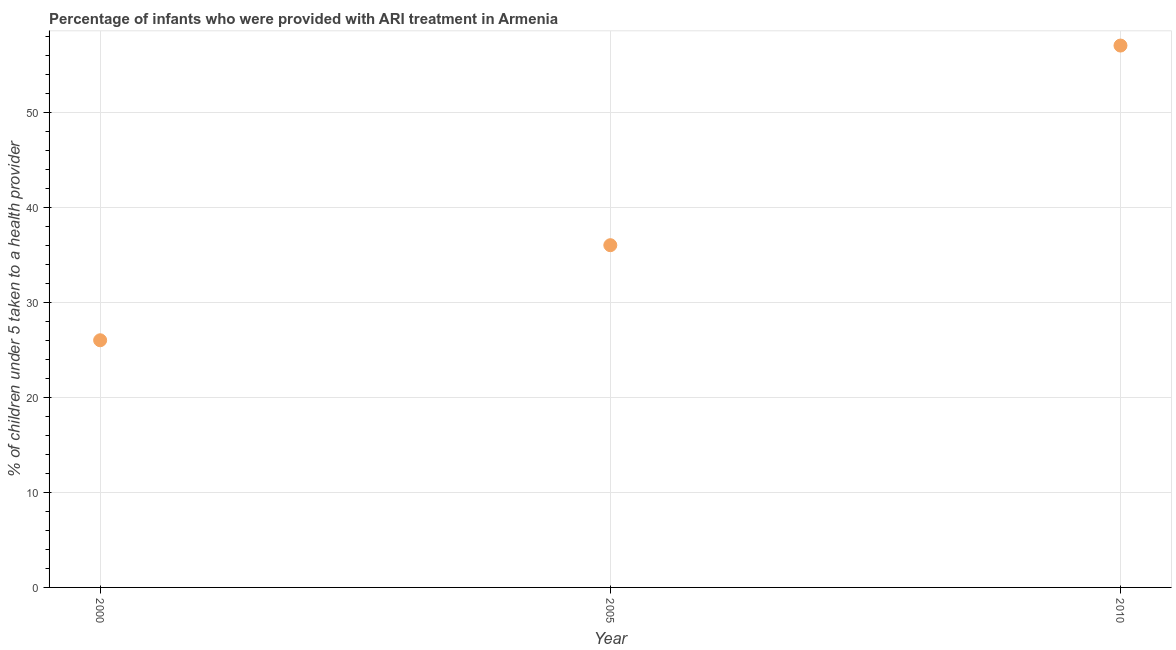
| Year | ARI treatment |
 | --- | --- |
 | 2000 | 26 |
 | 2005 | 36 |
 | 2010 | 57 |